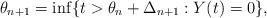
LaTeX: \begin{align*} \theta_{n+1} = \inf\{ t > \theta_n + \Delta_{n+1} : Y(t) =0\},\end{align*}